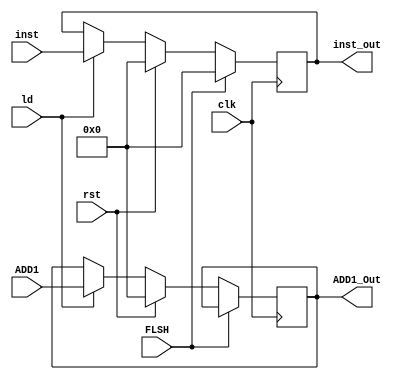
module IF_ID(clk, rst, ld, FLSH, inst, ADD1, inst_out, ADD1_Out);
    input clk, rst, FLSH;
    input [31:0] inst, ADD1;
    input ld;   
    output reg [31:0] inst_out, ADD1_Out;
    always @(posedge clk)
    begin
        if (FLSH)
        begin
            inst_out <= 32'b0;
        end
        else
        if (rst)
        begin
            ADD1_Out <= 32'b0;
            inst_out <= 32'b0;
        end
        else
        begin
            if (ld) begin
                inst_out <= inst;
                ADD1_Out <= ADD1;    
            end
        end
    end
endmodule